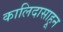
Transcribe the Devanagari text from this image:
कालिदासाहून